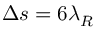
\Delta s = 6 \lambda _ { R }